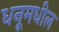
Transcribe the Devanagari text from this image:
धनूमधील